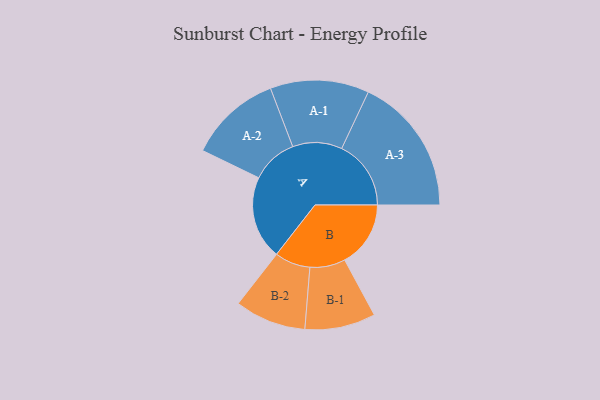
{"axis": {"x": "Segment", "y": "Value"}, "legend": ["", "A", "B"], "data": [{"x": "A", "y": 297, "type": ""}, {"x": "B", "y": 235, "type": ""}, {"x": "A-1", "y": 176, "type": "A"}, {"x": "A-2", "y": 165, "type": "A"}, {"x": "A-3", "y": 247, "type": "A"}, {"x": "B-1", "y": 126, "type": "B"}, {"x": "B-2", "y": 127, "type": "B"}]}